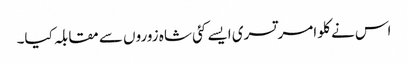
اس نے کلو امرتسری ایسے کئی شاہ زوروں سے مقابلہ کیا۔